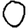
Digit: 0